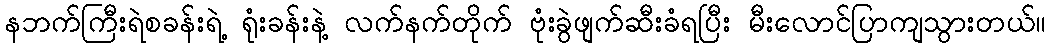
နဘက်ကြီးရဲစခန်းရဲ့ ရုံးခန်းနဲ့ လက်နက်တိုက် ဗုံးခွဲဖျက်ဆီးခံရပြီး မီးလောင်ပြာကျသွားတယ်။